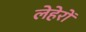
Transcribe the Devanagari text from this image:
लेहेरों